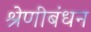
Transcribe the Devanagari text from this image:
श्रेणीबंधन